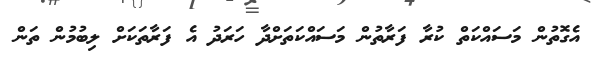
އެގޮތުން މަސައްކަތް ކުރާ ފަރާތުން މަސައްކަތަށްދާ ހަރަދު އެ ފަރާތަކަށް ލިބުމުން ތަން